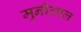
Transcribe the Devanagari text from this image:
मुनीलाल